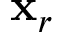
\mathbf { x } _ { r }